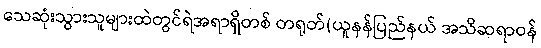
သေဆုံးသွားသူများထဲတွင်ရဲအရာရှိတစ် တရုတ်(ယူနန်ပြည်နယ် အသိဆရာဝန်